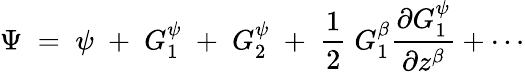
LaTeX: \Psi\; =\; \psi\; +\; G_{1}^{\psi}\; +\; G_{2}^{\psi}\; +\; \frac{1}{2}\; G_{1}^{\beta}\frac{\partial G_{1}^{\psi}}{\partial z^{\beta}}+\cdots